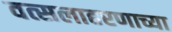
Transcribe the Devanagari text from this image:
वत्सलाहरणाच्या